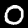
Label: 0